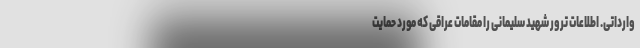
وارداتی. اطلاعات ترور شهید سلیمانی را مقامات عراقی‌ که مورد حمایت